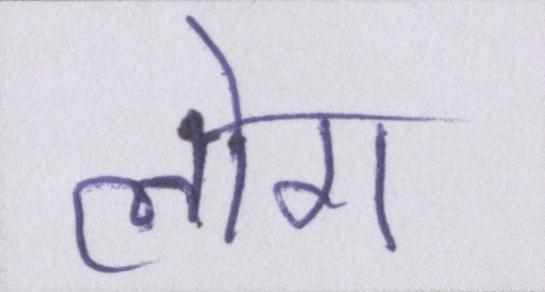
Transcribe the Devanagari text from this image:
लोग